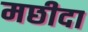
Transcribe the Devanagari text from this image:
मछीदा